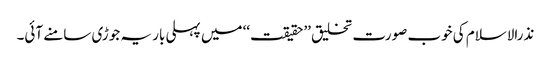
نذرالاسلام کی خوب صورت تخلیق ’’حقیقت‘‘ میں پہلی بار یہ جوڑی سامنے آئی۔